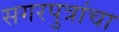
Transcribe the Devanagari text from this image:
सगरपुत्रांचा